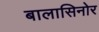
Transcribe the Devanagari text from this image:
बालासिनोर